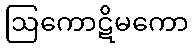
ဩကောဋိမကော